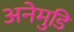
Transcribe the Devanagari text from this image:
अनेमुडि